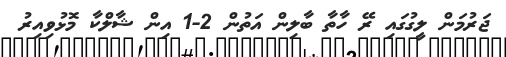
ޖަރުމަން ލީގުގައި ރޭ ހާތާ ބާލިން އަތުން 2-1 އިން ޝާލްކާ މޮޅުވިއިރު